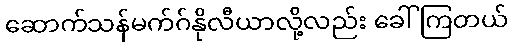
ဆောက်သန်မက်ဂ်နိုလီယာလို့လည်း ခေါ်ကြတယ်